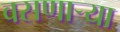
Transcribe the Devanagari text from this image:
वसणार्‍या